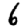
Digit: 6